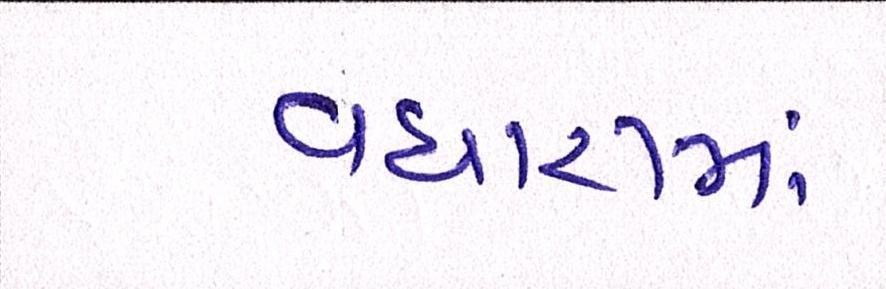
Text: વધારામાં